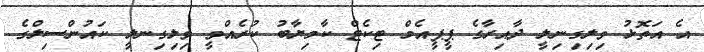
އެ އަތޮޅު ވިލިގިނިލީ ދާއިރާގެ ޕީޕީއެމް ޓިކެޓް ކާމިޔާބު ކުރެއްވީ ވިލިގިނލީ ކައުންސިލްގެ